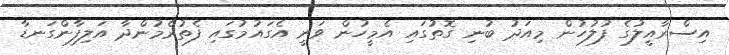
އިސްރާއީލުގެ ފުލުހުން މިއަދު ބުނި ގޮތުގައި އެމީހުން ވަނީ އެގައުމުގައި ފެތުރެމުންދާ އަލިފާންގަނޑާ